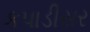
કપાડીસર